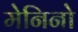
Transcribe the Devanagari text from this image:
मेनिनो